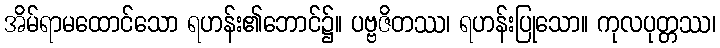
အိမ်ရာမထောင်သော ရဟန်း၏ဘောင်၌။ ပဗ္ဗဇိတဿ၊ ရဟန်းပြုသော။ ကုလပုတ္တဿ၊